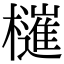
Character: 𣝤